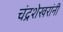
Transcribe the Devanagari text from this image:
चंद्रशेखरांनी